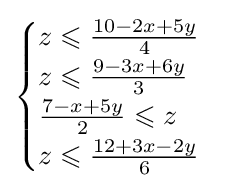
{\begin{cases}z\leqslant {\frac {10-2x+5y}{4}}\\z\leqslant {\frac {9-3x+6y}{3}}\\{\frac {7-x+5y}{2}}\leqslant z\\z\leqslant {\frac {12+3x-2y}{6}}\\\end{cases}}